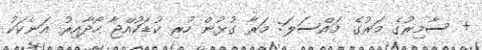
+ ސާމިރުގެ މަރުގެ މައްސަލަ: މަރާ ގުޅުން ހުރި ކުޑަކުއްޖާ ހޯދާއިރު އަނެކަކު